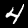
Label: 4